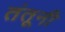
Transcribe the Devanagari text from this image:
तंतूनी